38_143685_box7_Incident_Summaries_1-100
Agency: Department of War
Page 163
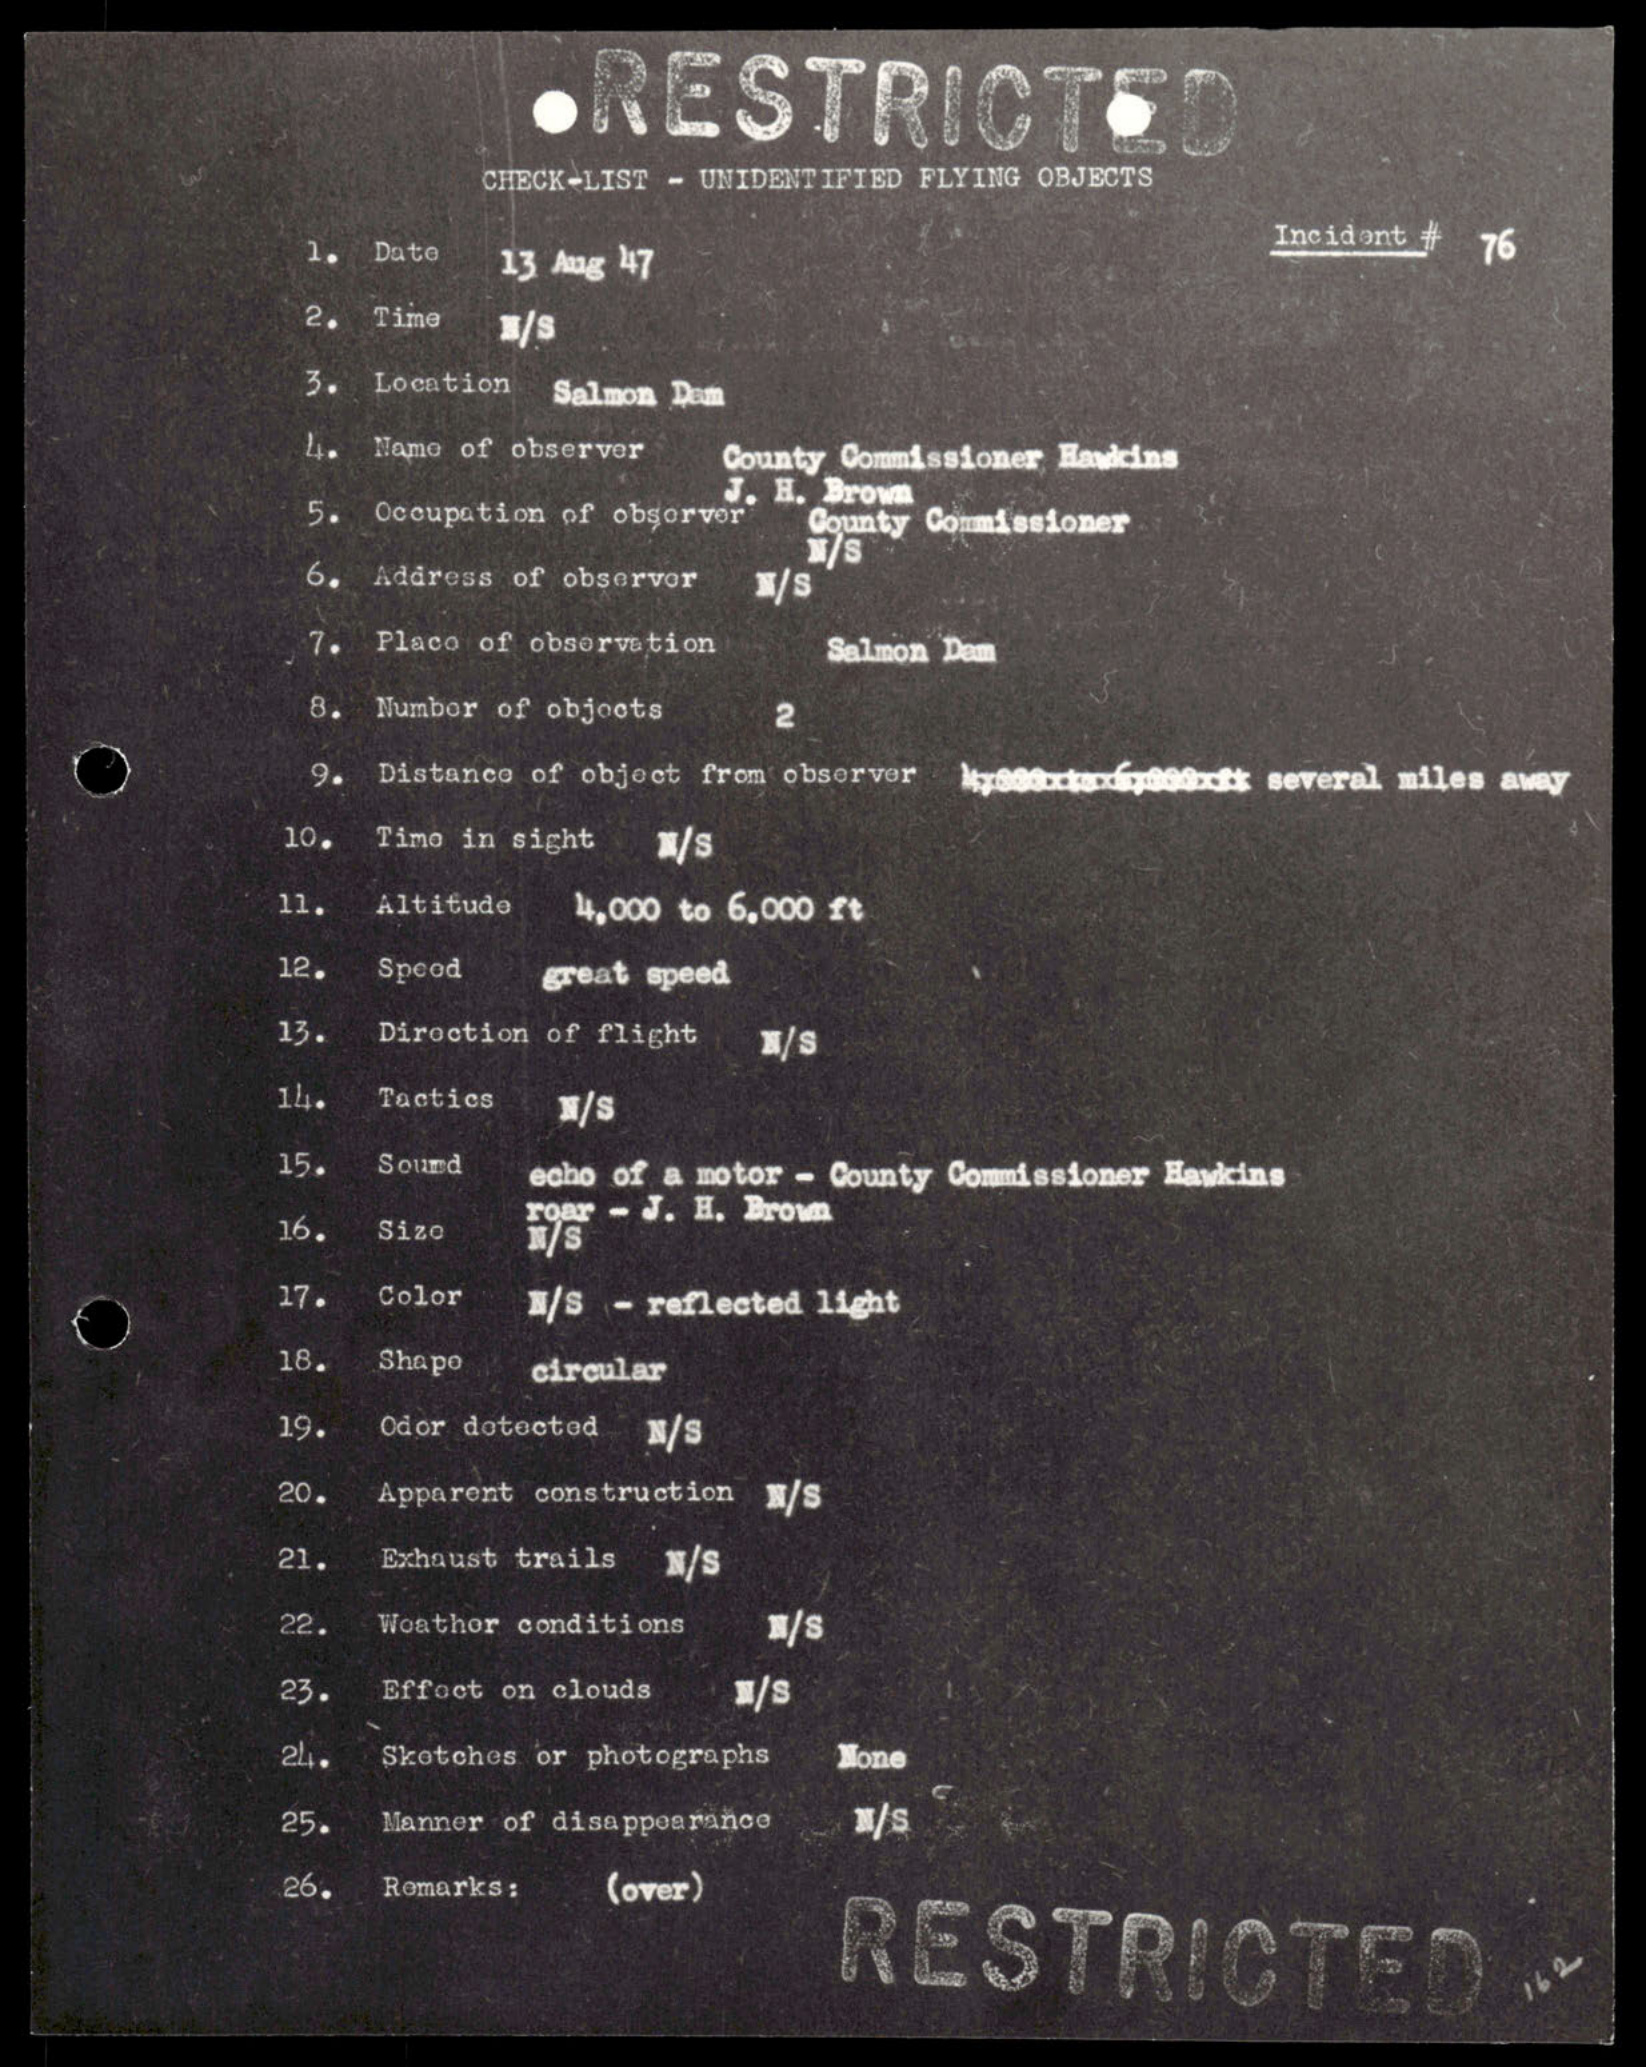